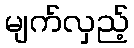
မျက်လှည့်